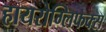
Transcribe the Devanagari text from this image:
हायरोग्लिफक्स